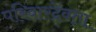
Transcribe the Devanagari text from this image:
परिवारदेवता